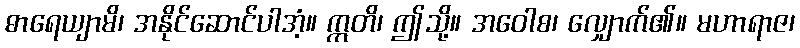
ဓာရေယျာမိ၊ အနိုင်ဆောင်ပါအံ့။ ဣတိ၊ ဤသို့။ အဝေါစ၊ လျှောက်၏။ မဟာရာဇ၊